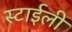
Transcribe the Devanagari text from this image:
स्टाईली